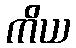
ကိယ